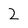
Character: 2